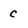
Character: c